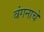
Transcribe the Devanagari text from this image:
वंगनाचे